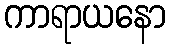
ကာရာယနော